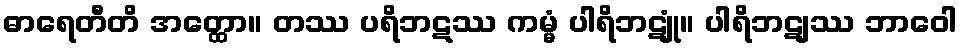
ဓာရေတီတိ အတ္ထော။ တဿ ပရိဘဋဿ ကမ္မံ ပါရိဘဋျုံ။ ပါရိဘဋျဿ ဘာဝေါ